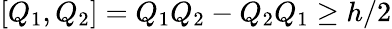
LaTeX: [Q_{1},Q_{2}]=Q_{1}Q_{2}-Q_{2}Q_{1}\geq h/2